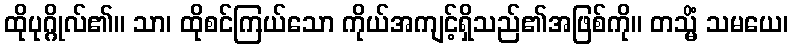
ထိုပုဂ္ဂိုလ်၏။ သာ၊ ထိုစင်ကြယ်သော ကိုယ်အကျင့်ရှိသည်၏အဖြစ်ကို။ တသ္မိံ သမယေ၊